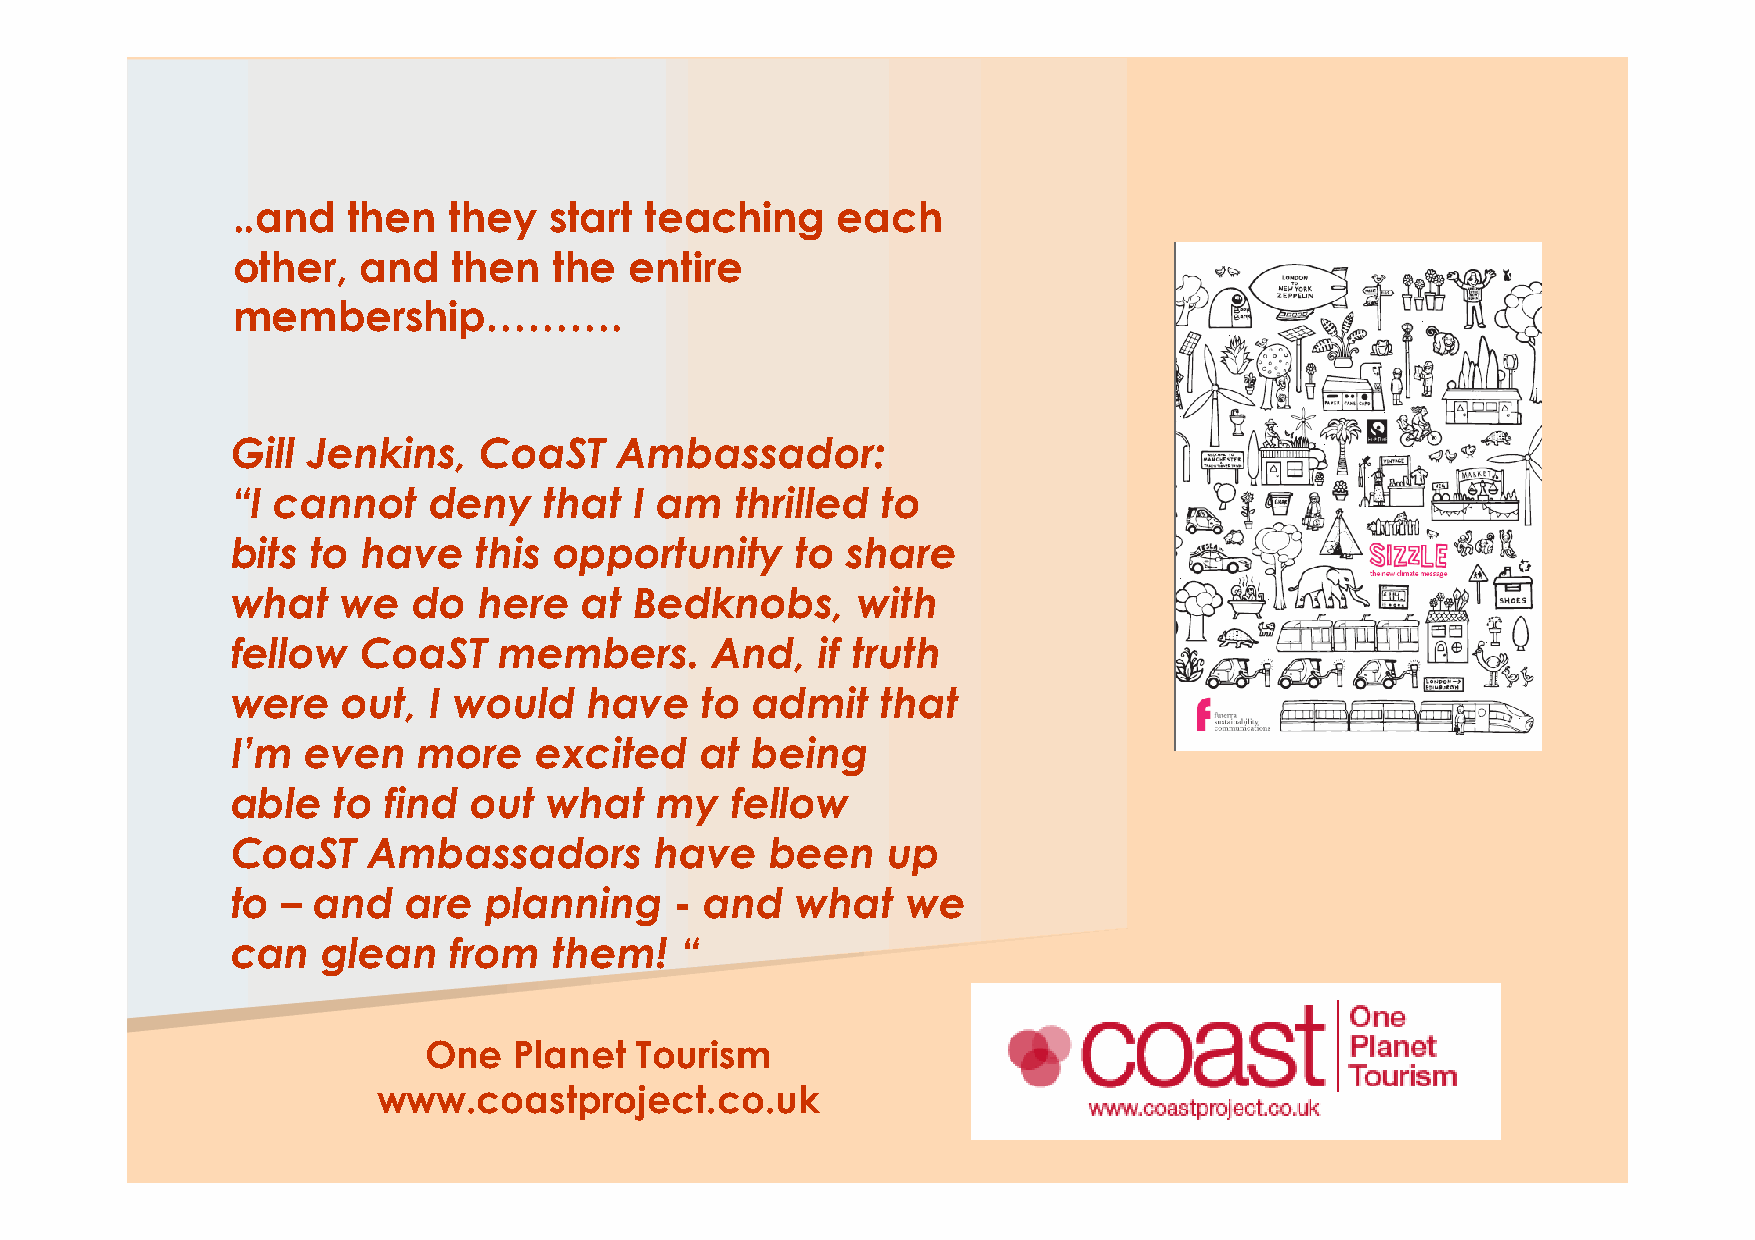
..and   then   they  start  teaching    each
 other,   and   then   the  entire
 membership……….
 Gill Jenkins,    CoaST    Ambassador:
 “I cannot    deny    that  I am   thrilled to
 bits  to have   this  opportunity     to share
 what    we  do   here   at Bedknobs,      with
 fellow   CoaST    members.      And,   if truth
 were    out, I would    have   to  admit   that
 I’m  even    more   excited    at  being
 able   to  find out  what   my   fellow
 CoaST    Ambassadors        have    been    up
 to  – and   are  planning     - and   what   we
 can   glean    from   them!   “
 One   Planet  Tourism
 www.coastproject.co.uk